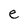
Character: e